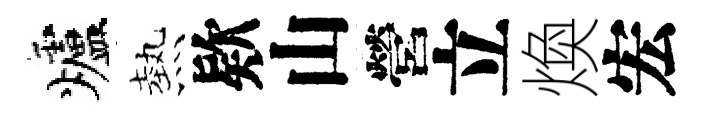
爐熱欵山營立煥宏